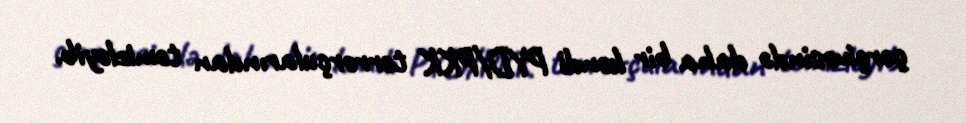
çərçivəsində daha bir kəndi PYD/PKK terrorçularından təmizləyib.